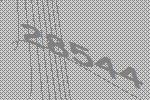
28544